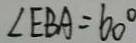
\angle E B A = 6 0 ^ { \circ }